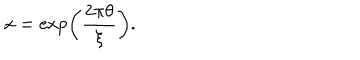
x = \exp \left( \frac { 2 \pi \theta } { \xi } \right) .